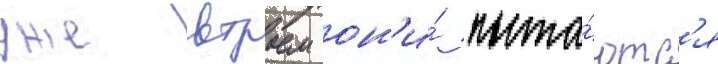
уже втроем он'и́ пыта́ютс'я